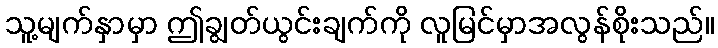
သူ့မျက်နှာမှာ ဤချွတ်ယွင်းချက်ကို လူမြင်မှာအလွန်စိုးသည်။